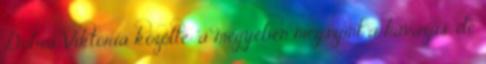
Dobos Viktória közölte: a megyében megszűnt a havazás, de